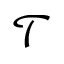
\mathcal { T }